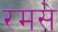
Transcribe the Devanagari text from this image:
रमसे